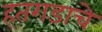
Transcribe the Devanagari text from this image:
हतगडाचे